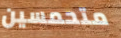
متحمسين